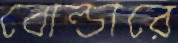
বোল্ডারে